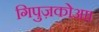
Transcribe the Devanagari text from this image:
गिपुज़कोआ।